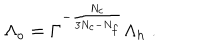
LaTeX: \Lambda _ { o } = \Gamma ^ { - { \frac { N _ { c } } { 3 N _ { c } - N _ { f } } } } \Lambda _ { h } \; .